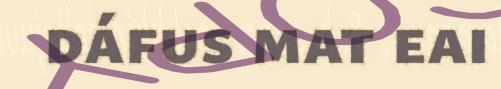
dáfus mat eai